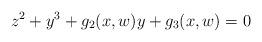
LaTeX: \begin{align*} z^2 + y^3 + g_2(x,w) y + g_3(x,w) = 0\end{align*}